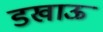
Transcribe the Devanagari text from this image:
डखाऊ